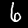
Digit: 6